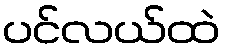
ပင်လယ်ထဲ